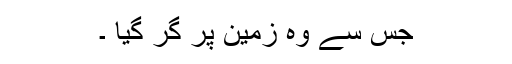
جس سے وہ زمین پر گر گیا ۔